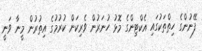
ފޭނުންގެ ހިތްތަކުގައި އެކްޓިންގެ މޮޅު ހުނަރުން ވެރިކަން ކުރުމުގެ އިތުރުން މީނާ ވަނީ